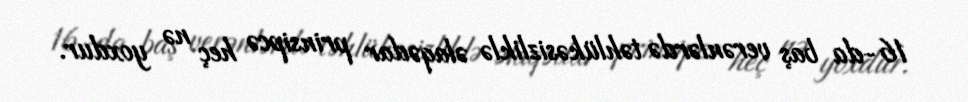
16-da baş verənlərdə təhlükəsizliklə əlaqədar prinsipcə heç nə yoxdur.